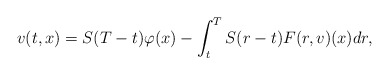
\begin{align*}v(t,x)=S(T-t)\varphi(x)-\int_t^TS(r-t)F(r,v)(x)dr,\end{align*}